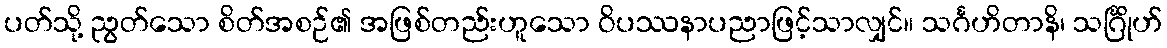
ပတ်သို့ ညွတ်သော စိတ်အစဉ်၏ အဖြစ်တည်းဟူသော ဝိပဿနာပညာဖြင့်သာလျှင်။ သင်္ဂဟိတာနိ၊ သင်္ဂြိုဟ်